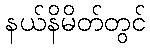
နယ်နိမိတ်တွင်